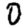
Digit: 0